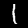
Digit: 1